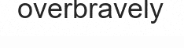
overbravely